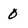
Character: 0